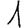
Digit: 1